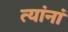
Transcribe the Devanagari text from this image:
त्‍यांनां